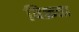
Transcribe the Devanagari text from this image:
विक्रता